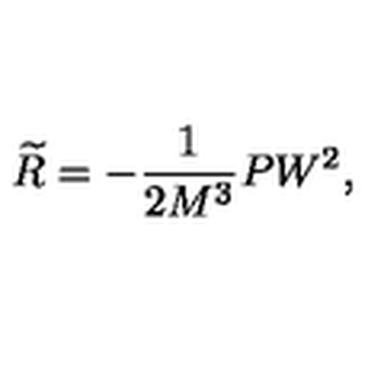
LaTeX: \widetilde { R } = - \frac 1 { 2 M ^ { 3 } } P W ^ { 2 } ,